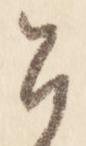
召